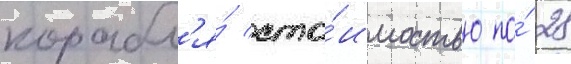
корабл'я́ сто́имостью по́ 28